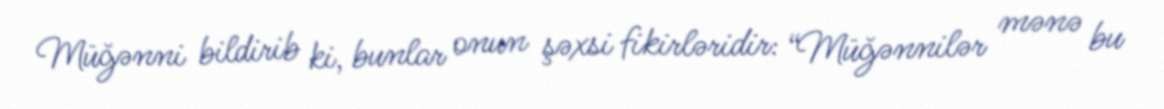
Müğənni bildirib ki, bunlar onun şəxsi fikirləridir: “Müğənnilər mənə bu